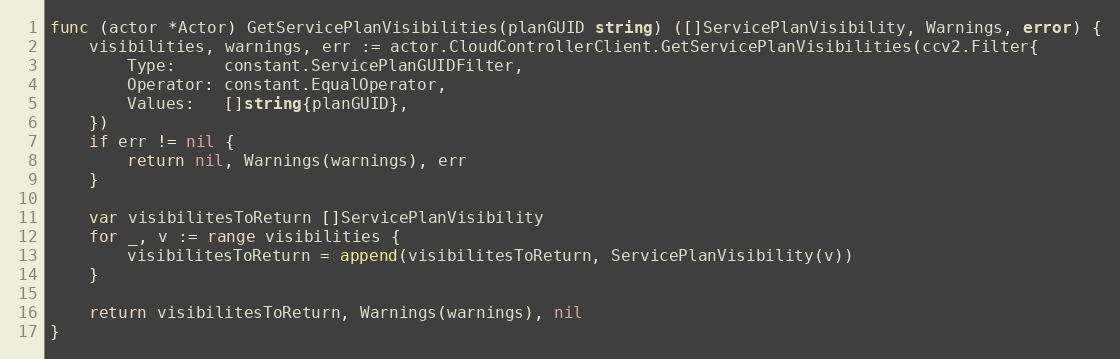
Language: Go
func (actor *Actor) GetServicePlanVisibilities(planGUID string) ([]ServicePlanVisibility, Warnings, error) {
	visibilities, warnings, err := actor.CloudControllerClient.GetServicePlanVisibilities(ccv2.Filter{
		Type:     constant.ServicePlanGUIDFilter,
		Operator: constant.EqualOperator,
		Values:   []string{planGUID},
	})
	if err != nil {
		return nil, Warnings(warnings), err
	}

	var visibilitesToReturn []ServicePlanVisibility
	for _, v := range visibilities {
		visibilitesToReturn = append(visibilitesToReturn, ServicePlanVisibility(v))
	}

	return visibilitesToReturn, Warnings(warnings), nil
}